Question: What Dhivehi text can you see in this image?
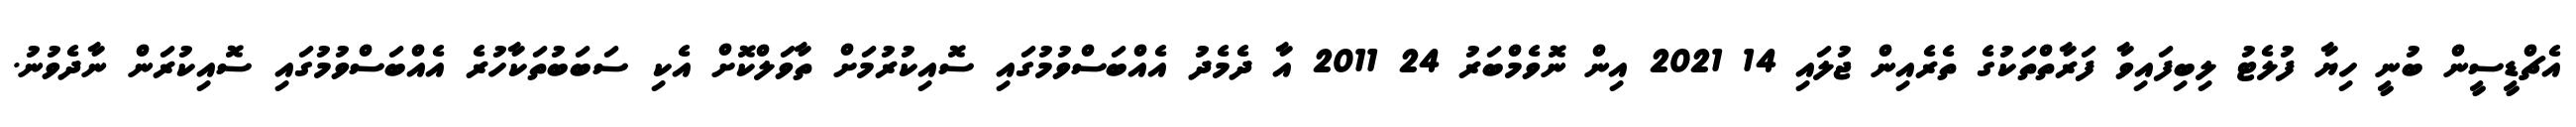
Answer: އެޗްޑީސީން ބުނީ ހިޔާ ފުލެޓު ލިބިފައިވާ ފަރާތްތަކުގެ ތެރެއިން ޖުލައި 14 2021 އިން ނޮވެމްބަރު 24 2011 އާ ދެމެދު އެއްބަސްވުމުގައި ސޮއިކުރުމަށް ތާވަލްކޮށް އެކި ސަބަބުތަކާހުރެ އެއްބަސްވުމުގައި ސޮއިކުރަން ނާދެވުނު.